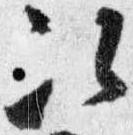
次